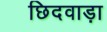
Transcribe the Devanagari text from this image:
छिदवाड़ा